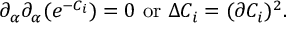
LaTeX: \partial _ { \alpha } \partial _ { \alpha } ( e ^ { - C _ { i } } ) = 0 ~ \mathrm { o r } ~ \Delta C _ { i } = ( \partial C _ { i } ) ^ { 2 } .